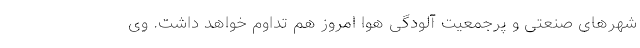
شهر‌های صنعتی و پرجمعیت آلودگی هوا امروز هم تداوم خواهد داشت. وی